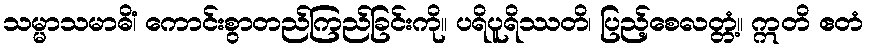
သမ္မာသမာဓိံ၊ ကောင်းစွာတည်ကြည်ခြင်းကို။ ပရိပူရိဿတိ၊ ပြည့်စေလတ္တံ့။ ဣတိ ဧတံ